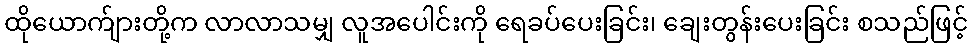
ထိုယောက်ျားတို့က လာလာသမျှ လူအပေါင်းကို ရေခပ်ပေးခြင်း၊ ချေးတွန်းပေးခြင်း စသည်ဖြင့်